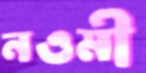
নওমী